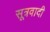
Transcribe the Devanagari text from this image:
सूत्रवादी